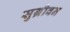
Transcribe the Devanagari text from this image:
सुग्रीवन